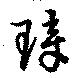
璋